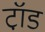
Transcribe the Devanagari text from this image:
टॉ़ड